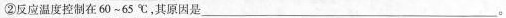
②反应温度控制在60~65℃，其原因是___。